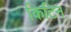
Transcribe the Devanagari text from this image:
किटिन